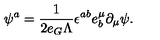
\psi ^ { a } = \frac { 1 } { 2 e _ { G } \Lambda } \epsilon ^ { a b } e _ { b } ^ { \mu } \partial _ { \mu } \psi .